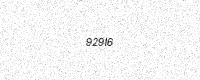
Text: 929I6